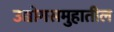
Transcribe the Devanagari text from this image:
उद्योगसमुहातील